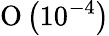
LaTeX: \mathrm{O}\left(10^{-4}\right)